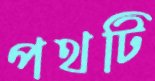
পথটি